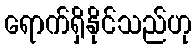
ရောက်ရှိနိုင်သည်ဟု